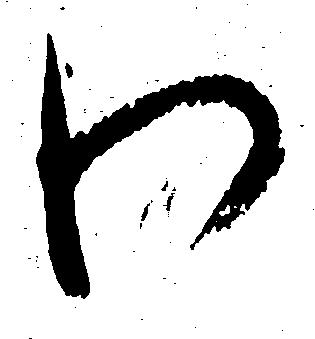
わ